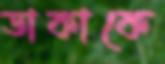
ডাকাকে